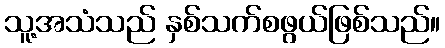
သူ့အသံသည် နှစ်သက်စဖွယ်ဖြစ်သည်။